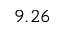
9 . 2 6